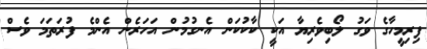
ފިރިމީހާގެ ވަގު ލޯބިވެރިޔާ އަކީ ކާކުކަން އެނގުމުން އަހަރެން އެންމެ ފުރަތަމަ ވެސް